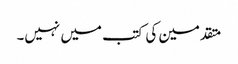
متقدمین کی کتب میں نہیں۔